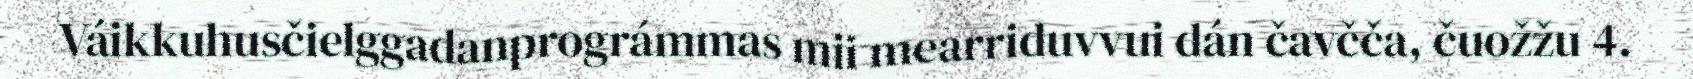
Váikkuhusčielggadanprográmmas mii mearriduvvui dán čavčča, čuožžu 4.